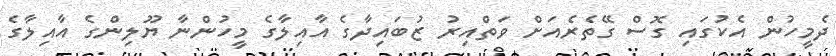
ދެމީހުން އެކުގައި ގޮސް ގޭތެރެއަށް ވަތްއިރު ޒުބައިދާގެ އާއިލާގެ މީހުންނާ ޔޫލިންގެ އާއިލާގެ